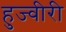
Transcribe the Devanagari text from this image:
हुज्वीरी